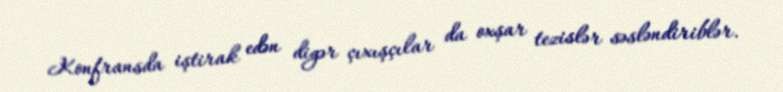
Konfransda iştirak edən digər çıxışçılar da oxşar tezislər səsləndiriblər.